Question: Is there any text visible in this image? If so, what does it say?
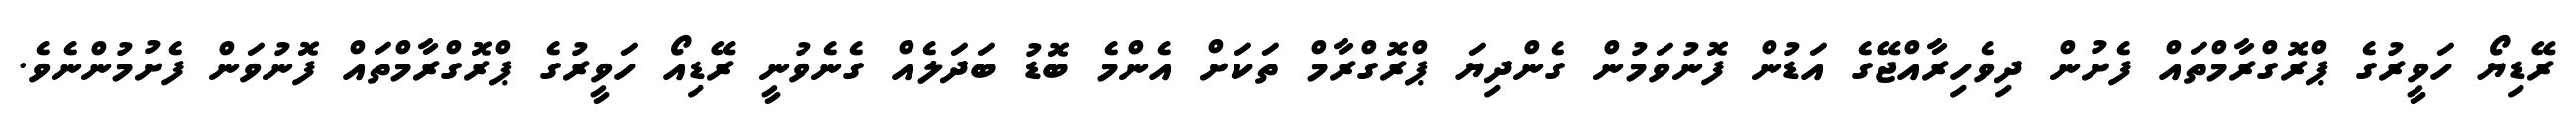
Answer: ރޭޑިޔޯ ހަވީރުގެ ޕްރޮގްރާމްތައް ފެށުން ދިވެހިރާއްޖޭގެ އަޑުން ފޮނުވަމުން ގެންދިޔަ ޕްރޮގްރާމް ތަކަށް އެންމެ ބޮޑު ބަދަލެއް ގެނެވުނީ ރޭޑިއޯ ހަވީރުގެ ޕްރޮގްރާމްތައް ފޮނުވަން ފެށުމުންނެވެ.